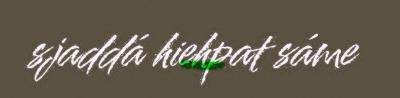
sjaddá hiehpat sáme